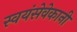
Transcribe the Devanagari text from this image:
स्वयंसेवेकानी